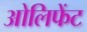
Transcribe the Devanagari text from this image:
ओलिफेंट